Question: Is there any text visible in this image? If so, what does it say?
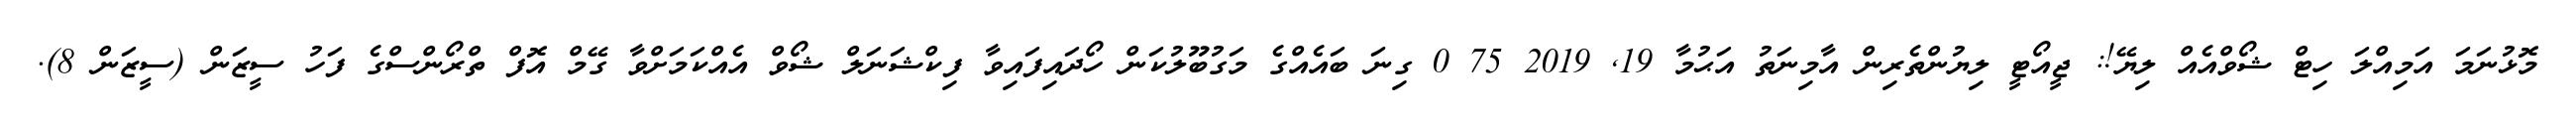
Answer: މޮޅުނަމަ އަމިއްލަ ހިޓް ޝޯވްއެއް ލިޔޭ!: ޖީއޯޓީ ލިޔުންތެރިން އާމިނަތު އަޙުމާ 19, 2019 75 0 ގިނަ ބައެއްގެ މަގުބޫލުކަން ހޯދައިފައިވާ ފިކްޝަނަލް ޝޯވް އެއްކަމަށްވާ ގޭމް އޮފް ތްރޯންސްގެ ފަހު ސީޒަން (ސީޒަން 8).